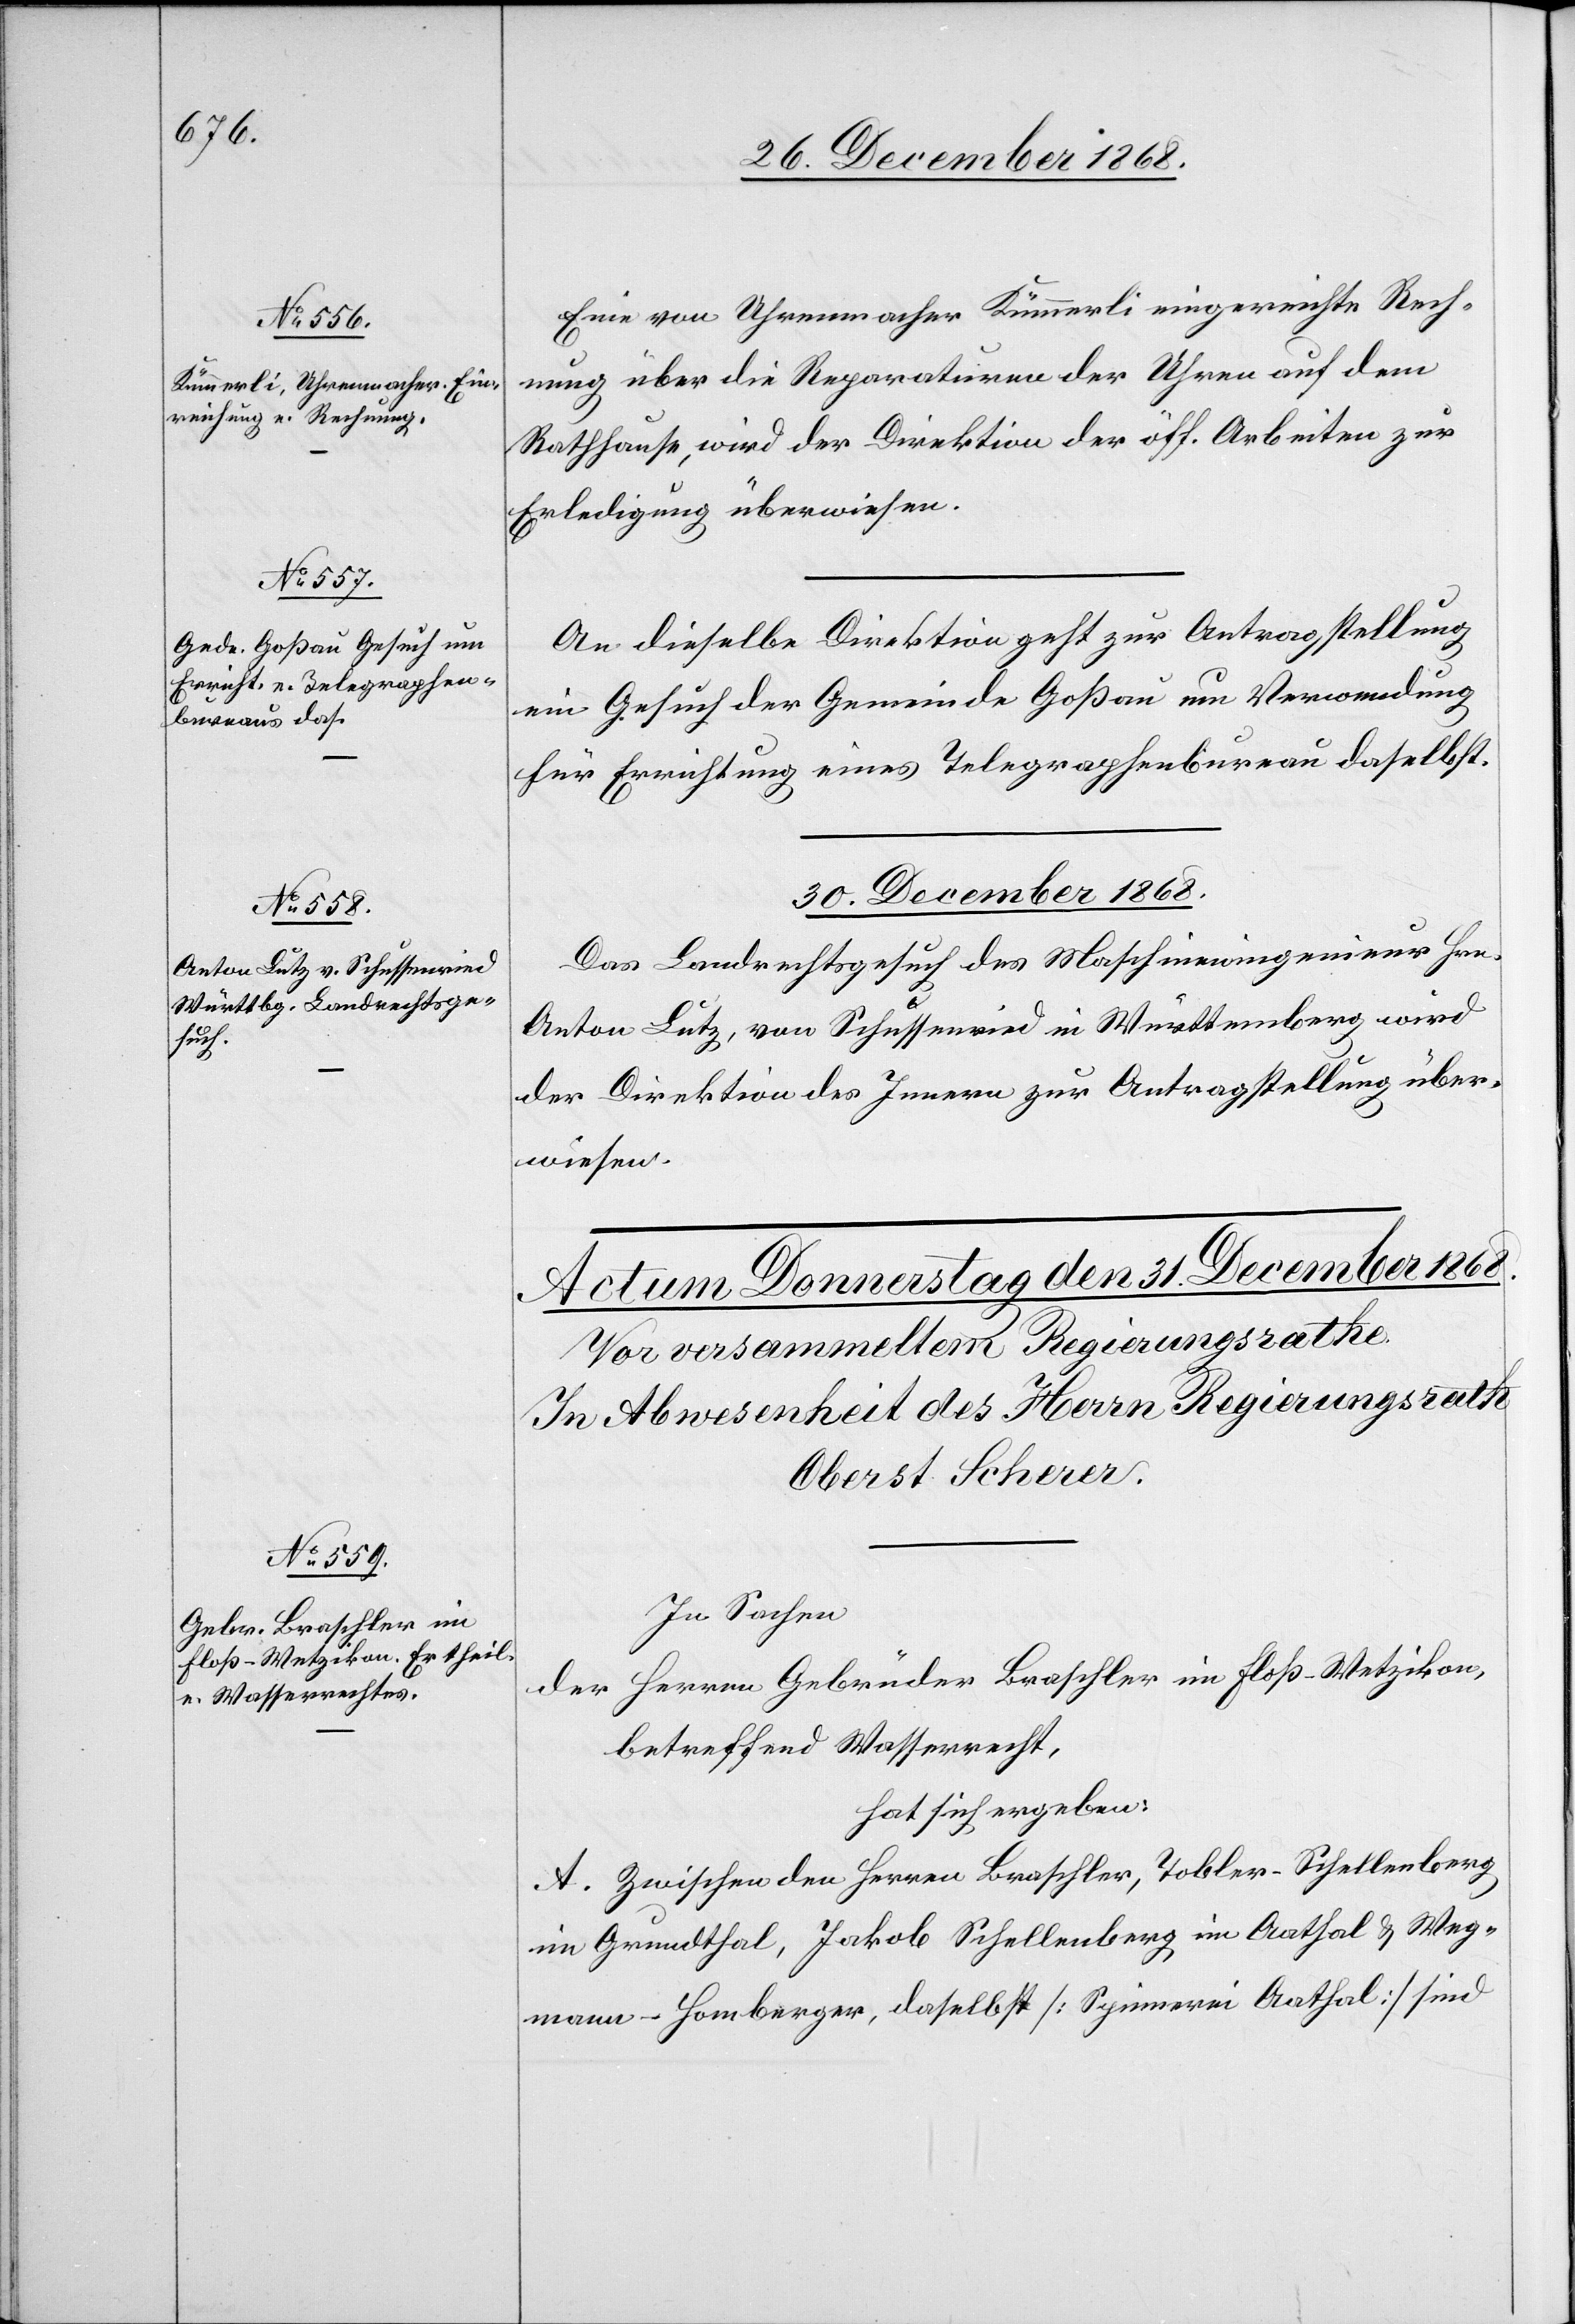
29. December 1868.]
Eine von Uhrenmacher Kümmerli eingereichte Rech¬
nung über die Reparaturen der Uhren auf dem
Rathhause, wird der Direktion der öff. Arbeiten zur
Erledigung überwiesen.
An dieselbe Direktion geht zur Antragstellung
ein Gesuch der Gemeinde Goßau um Verwendung
für Errichtung eines Telegraphenbureau daselbst.
30. December 1868.
Das Landrechtsgesuch des Maschineningenieur Hrn.
Anton Lutz, von Schussenried in Württemberg wird
der Direktion des Innern zur Antragstellung über¬
wiesen.
In Sachen
der Herren Gebrüder Braschler im Floß - Wetzikon,
betreffend Wasserrecht,
hat sich ergeben:
A. Zwischen den Herren Braschler, Tobler-Schellenberg
im Grundthal, Jakob Schellenberg im Aathal & Weg¬
mann-Homberger, daselbst [Spinnerei Aathal] sind